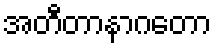
အတီတာနာဂတော